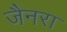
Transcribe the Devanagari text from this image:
जैनरा